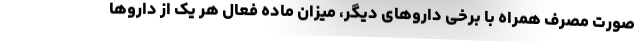
صورت مصرف همراه با برخی داروهای دیگر، میزان ماده فعال هر یک از داروها